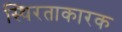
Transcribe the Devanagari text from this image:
स्थिरताकारक